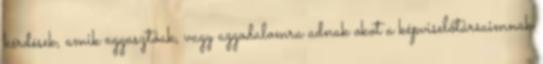
kérdések, amik aggasztóak, vagy aggodalomra adnak okot a képviselőtársaimnak